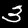
Label: 3